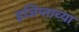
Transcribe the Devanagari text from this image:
इजिप्ताच्या